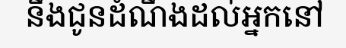
នឹងជូនដំណឹងដល់អ្នកនៅ